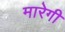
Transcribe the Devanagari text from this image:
मारेगी